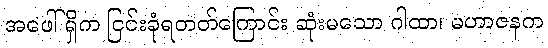
အဖေါ်ရှိက ငြင်းခုံရတတ်ကြောင်း ဆုံးမသော ဂါထာ၊ မဟာဇနက